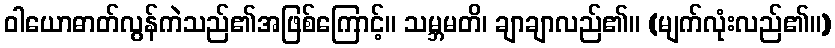
ဝါယောဓာတ်လွန်ကဲသည်၏အဖြစ်ကြောင့်။ သမ္ဘမတိ၊ ချာချာလည်၏။ (မျက်လုံးလည်၏။)